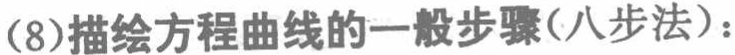
(8)描绘方程曲线的一般步骤(八步法)：